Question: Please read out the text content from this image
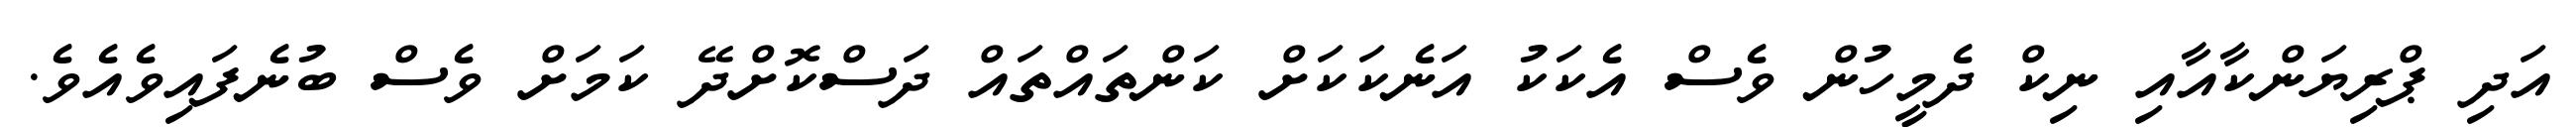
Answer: އަދި ޕްރިޔަންކާއާއި ނިކް ދެމީހުން ވެސް އެކަކު އަނެކަކަށް ކަންތައްތައް ދަސްކޮށްދޭ ކަމަށް ވެސް ބުނެފައިވެއެވެ.